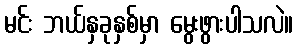
မင်း ဘယ်နှခုနှစ်မှာ မွေးဖွားပါသလဲ။